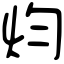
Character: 𤆥